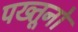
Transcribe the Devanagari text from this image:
पख्तूनो